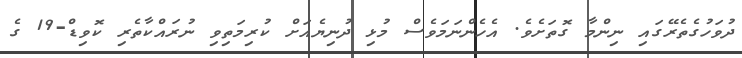
ދުވަހުގެތެރޭގައި ނިންމާ ގޮތަށެވެ. އެހެންނަމަވެސް މުޅި ދުނިޔެއަށް ކުރިމަތިވި ނުރައްކާތެރި ކޮވިޑް-19 ގެ